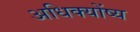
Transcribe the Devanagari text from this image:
अधिक्योंष्य